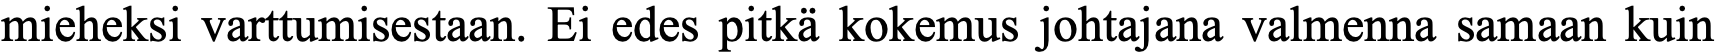
mieheksi varttumisestaan. Ei edes pitkä kokemus johtajana valmenna samaan kuin